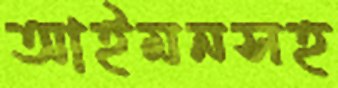
আইমনসহ